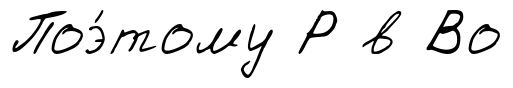
Поэ́тому Р в Во